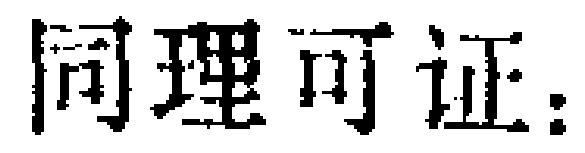
同理可证：